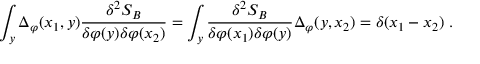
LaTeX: \int _ { y } \Delta _ { \varphi } ( x _ { 1 } , y ) \frac { \delta ^ { 2 } S _ { B } } { \delta \varphi ( y ) \delta \varphi ( x _ { 2 } ) } = \int _ { y } \frac { \delta ^ { 2 } S _ { B } } { \delta \varphi ( x _ { 1 } ) \delta \varphi ( y ) } \Delta _ { \varphi } ( y , x _ { 2 } ) = \delta ( x _ { 1 } - x _ { 2 } ) \; .